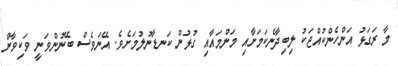
މާ ރަގަޅު އަންހެންކުއްޖަކު ލިބިދާނެކަމަށާއި މަންމައާއި ގުޅުން ކަނޑާނުލުމަށެވެ. އޭނަވެސް ބޭނުންވަނީ ވަކިވާން